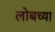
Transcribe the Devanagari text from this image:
लोबच्या